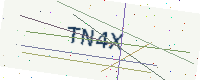
Text: TN4X